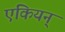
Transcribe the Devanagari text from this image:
एकियन्